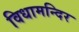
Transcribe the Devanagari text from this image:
विधामन्दिर